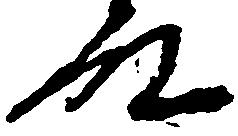
殿